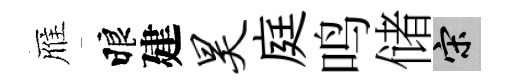
雁睱建昊庭鸣储宋